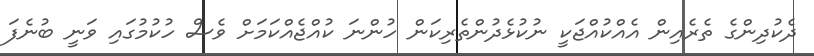
ދެކުދިންގެ ތެރެއިން އެއްކުއްޖަކީ ނުކުޅެދުންތެރިކަން ހުންނަ ކުއްޖެއްކަމަށް ވެސް ހުކުމުގައި ވަނީ ބުނެފަ